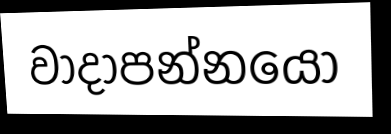
වාදාපන්නයෝ